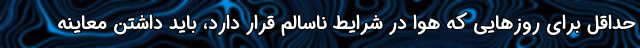
حداقل برای روزهایی که هوا در شرایط ناسالم قرار دارد، باید داشتن معاینه